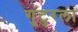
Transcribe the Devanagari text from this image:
गुंटुरला